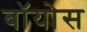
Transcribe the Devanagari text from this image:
बॉयोस